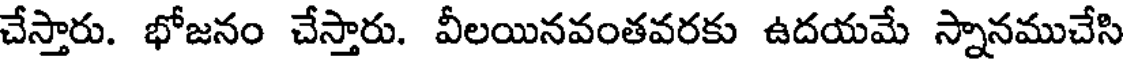
చేస్తారు. భోజనం చేస్తారు. వీలయినవంతవరకు ఉదయమే స్నానముచేసి